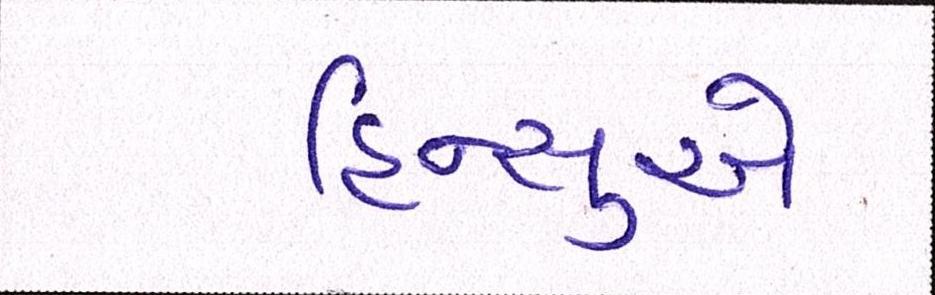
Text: હિન્સુએ